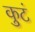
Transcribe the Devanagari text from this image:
कुटं